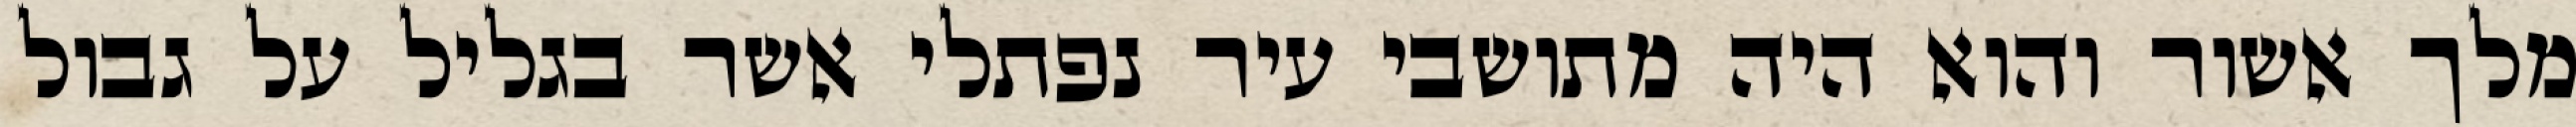
מלך אשור והוא היה מתושבי עיר נפתלי אשר בגליל על גבול